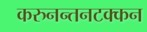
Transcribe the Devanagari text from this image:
करुनन्तनटक्कन